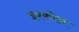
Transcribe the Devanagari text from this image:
इश्कोल